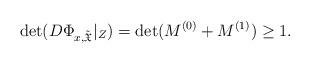
LaTeX: \begin{align*}\det(D\Phi_{x,\tilde{\mathfrak{X}}}|_{Z})=\det(M^{(0)}+M^{(1)})\ge 1.\end{align*}